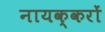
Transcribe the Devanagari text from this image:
नायक्करों